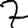
Digit: 7